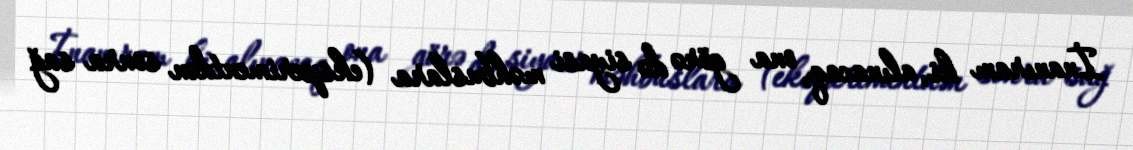
İnanıram ki, alınacaq, ona görə də siyasi məhbuslara (eksperimentdən sonra sağ